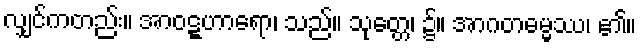
လျှင်ကတည်း။ အာဝဋ္ဋဟာရော၊ သည်။ သုတ္တေ၊ ၌။ အာဂတဓမ္မဿ၊ ၏။